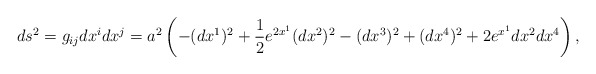
\begin{align*}ds^2=g_{ij}dx^i dx^j=a^2 \left( -(dx^1)^2 + \frac{1}{2}e^{2x^1}(dx^2)^2 - (dx^3)^2 + (dx^4)^2 + 2e^{x^1}dx^2 dx^4 \right), \end{align*}